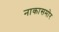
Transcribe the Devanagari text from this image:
नाकासमोर